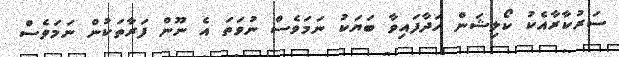
ސަރުކާރާއެކު ކޯލިޝަން ހަދާފައިވާ ބަޔަކު ނަމަވެސް ނުވަތަ އެ ނޫން ފަރާތަކުން ނަމަވެސް